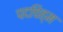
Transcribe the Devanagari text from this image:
पदचिह्म